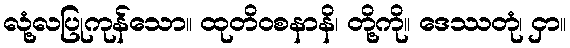
လုံ့လပြုကုန်သော။ ထုတိဝစနာနိ၊ တို့ကို။ ဒေဿတုံ၊ ငှာ။